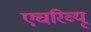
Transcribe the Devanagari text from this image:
एचरिव्यू